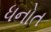
ધનોત